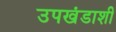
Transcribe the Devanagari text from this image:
उपखंडाशी